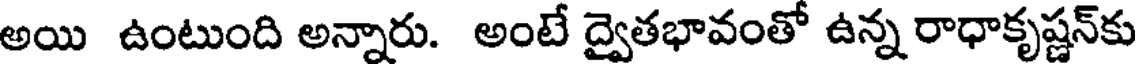
అయి ఉంటుంది అన్నారు. అంటే ద్వైతభావంతో ఉన్న రాధాకృష్ణన్కు